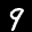
Label: 9